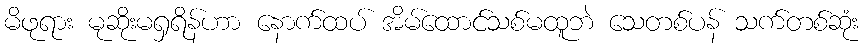
မိဖုရား မုဆိုးမရှရိန်ဟာ နောက်ထပ် အိမ်ထောင်သစ်မထူဘဲ သေတစ်ပန် သက်တစ်ဆုံး